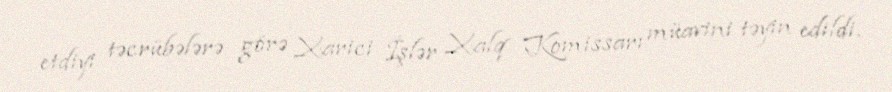
etdiyi təcrübələrə görə Xarici İşlər Xalq Komissarı müavini təyin edildi.